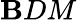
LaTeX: \mathbf{B}DM